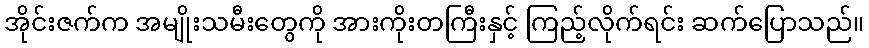
အိုင်းဇက်က အမျိုးသမီးတွေကို အားကိုးတကြီးနှင့် ကြည့်လိုက်ရင်း ဆက်ပြောသည်။